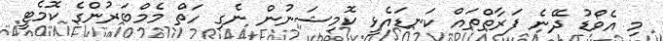
މި އެވޯޑު ދޭނެ ފަރާތްތައް ކަނޑައެޅީ ކޮމިޝަނުން ނެގި ހަތް މެމްބަރުންގެ ކޮމެޓީ